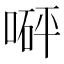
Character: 𠹶